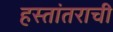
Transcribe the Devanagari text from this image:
हस्तांतराची